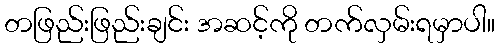
တဖြည်းဖြည်းချင်း အဆင့်ကို တက်လှမ်းရမှာပါ။